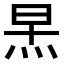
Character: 𪸣